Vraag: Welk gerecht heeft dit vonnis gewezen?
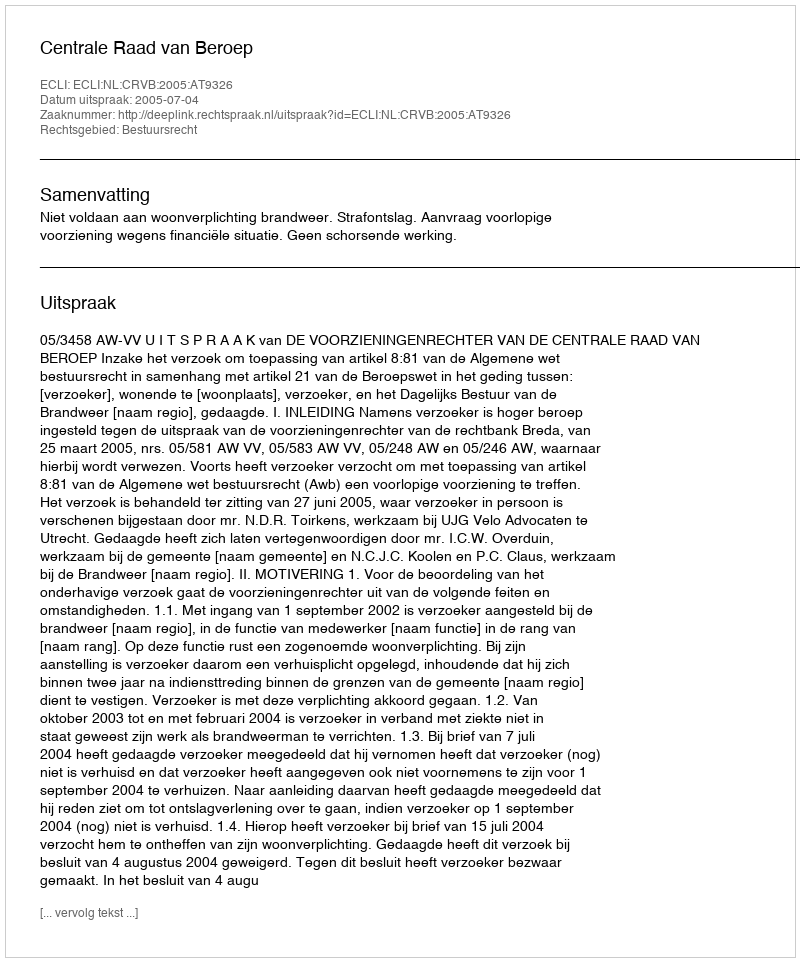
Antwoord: Centrale Raad van Beroep